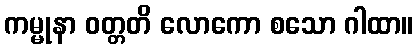
ကမ္မုနာ ဝတ္တတိ လောကော စသော ဂါထာ။